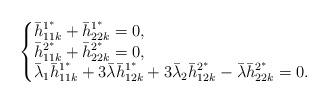
LaTeX: \begin{align*}\begin{cases}\begin{aligned}&\bar h^{1^*}_{11k}+\bar h^{1^*}_{22k}=0, \\&\bar h^{2^*}_{11k}+\bar h^{2^*}_{22k}=0,\\&\bar \lambda_1\bar h^{1^{\ast}}_{11k}+3\bar \lambda \bar h^{1^{\ast}}_{12k}+3\bar \lambda_2 \bar h^{2^{\ast}}_{12k}-\bar \lambda\bar h^{2^{\ast}}_{22k}=0.\end{aligned}\end{cases}\end{align*}